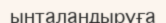
ынталандыруға